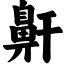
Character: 鼾